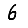
Digit: 6